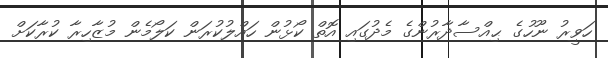
ހަވީރު ނޫހުގެ ޙިއްސާދާރުންގެ މެދުގައި އޮތް ކޯޅުން ހައްލުކުރަން ކަލޯމެން މުޒާހިރާ ކުރާކަށް